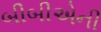
બીબીએની